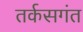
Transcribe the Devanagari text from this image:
तर्कसगंत